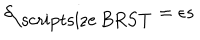
\delta _ { \mathrm { \scriptsize ~ B R S T } } = \epsilon s